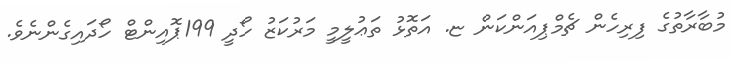
މުބާރާތުގެ ފިރިހެން ޗެމްޕިއަންކަން ޏ. އަތޮޅު ތަޢުލީމީ މަރުކަޒު ހޯދީ 199ޕޮއިންޓް ހޯދައިގެންނެވެ.